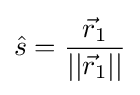
{\hat {s}}={\frac {{\vec {r}}_{1}}{||{\vec {r}}_{1}||}}